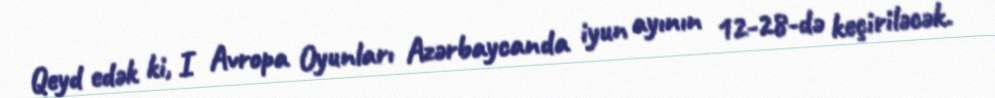
Qeyd edək ki, I Avropa Oyunları Azərbaycanda iyun ayının 12-28-də keçiriləcək.